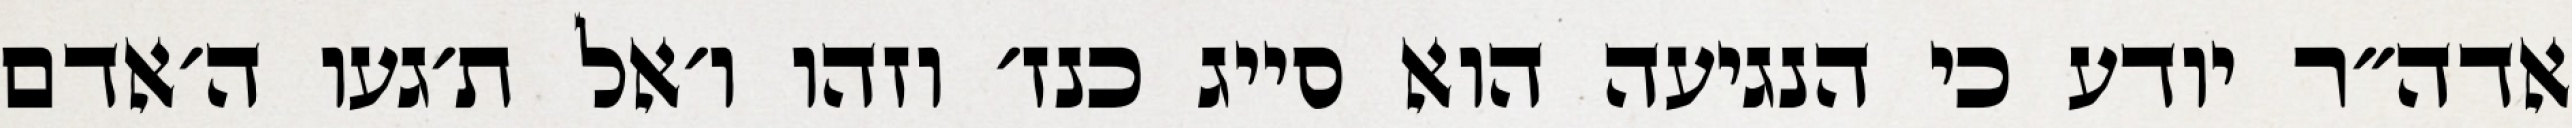
אדה״ר יודע כי הנגיעה הוא סייג כנז׳ וזהו ו׳אל ת׳געו ה׳אדם